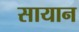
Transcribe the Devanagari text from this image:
सायान